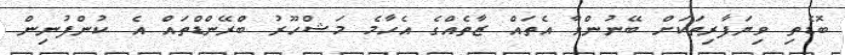
ބޮޑެތި ވިޔަފާރިތަކަށް ބޭނުންވާ އެތައް ޒާތެއްގެ އެހާމެ މަޝްހޫރު ބްރޭންޑްތައް އެ ކުންފުނިން